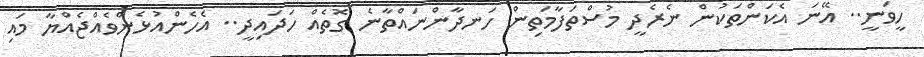
ހީވަނީ.. އޭނަ އެކަންތަކުން ނެރެދީ މުސްތަފާމަތިން ހަނދާންނައްތާނެ ގޮތެއް ހަދައިދީ.. އެހެންއުޅެންވެއްޖެއްޔާ މައި